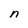
Character: n